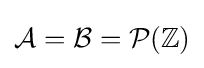
{\mathcal {A}}={\mathcal {B}}={\mathcal {P}}(\mathbb {Z} )